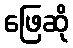
ဖြေဆို